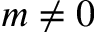
m \neq 0